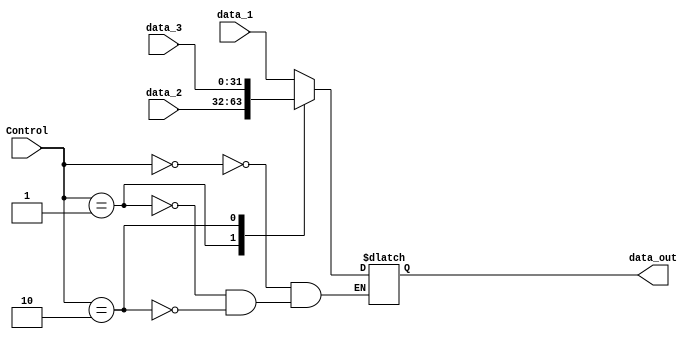
module MUX_2bit
(
    Control,
    data_1,
    data_2,
    data_3,
    data_out
);

// Interface
input       [1:0]       Control;
input       [31:0]      data_1;
input       [31:0]      data_2;
input       [31:0]      data_3;
output  reg [31:0]      data_out;

always@(*) begin
    case (Control)
        2'b00 : data_out = data_1;
        2'b01 : data_out = data_2;
        2'b10 : data_out = data_3;
    endcase
end

endmodule